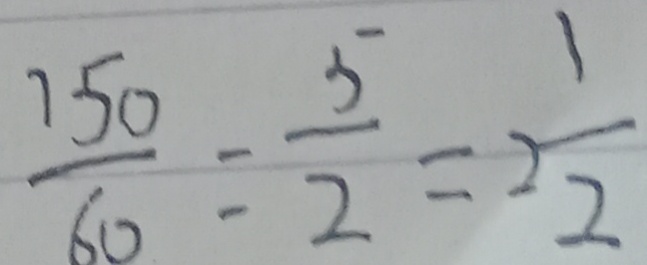
\frac { 1 5 0 } { 6 0 } = \frac { 5 } { 2 } = \frac { 1 } { 2 }